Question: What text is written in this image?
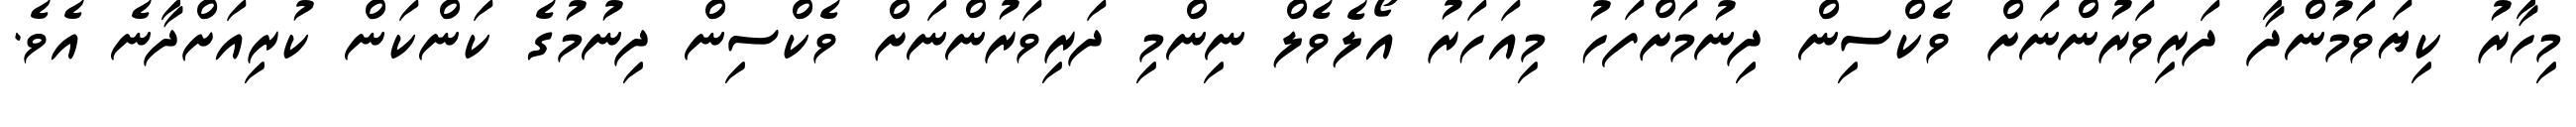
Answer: މިހާރު ކިޔަވަމުންދާ ދަރިވަރުންނަށް ވެކްސިން ދިނުމަށްފަހު މިއަހަރު އޯލެވެލް ނިންމި ދަރިވަރުންނަށް ވެކްސިން ދިނުމުގެ ކަންކަން ކުރިއަށްދާނެ އެވެ.